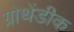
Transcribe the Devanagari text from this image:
ग्रोथेंडीक